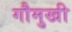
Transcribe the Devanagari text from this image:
गौमुखी